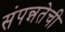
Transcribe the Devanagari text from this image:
संपन्नतेची